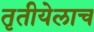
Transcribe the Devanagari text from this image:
तृतीयेलाच